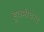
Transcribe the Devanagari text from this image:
हुक्मीचन्द